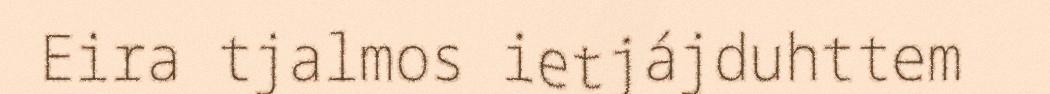
Eira tjalmos ietjájduhttem